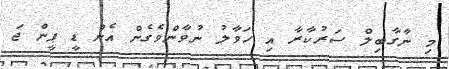
މި ނާގާބިލް ސަރުކާރާ އި ހަވާލު ނުވާންވެގެން އެން ޑީ ޕީން ޖަ